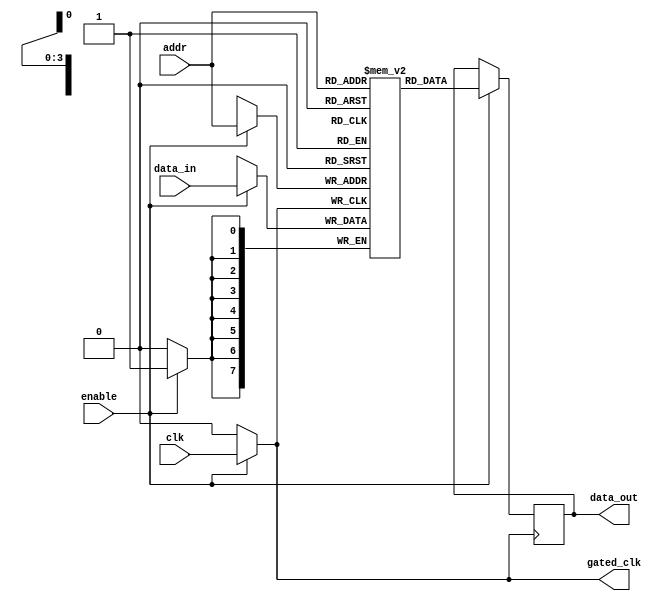
module memory_block (
    input wire clk,                // Original clock signal
    input wire enable,             // Control signal to enable memory operations
    input wire [7:0] data_in,      // Data input for memory write
    input wire [3:0] addr,         // Address input for memory access
    output reg [7:0] data_out,     // Data output for memory read
    output reg gated_clk           // Gated clock output
);

    // Memory array (for example, 16 x 8-bit memory)
    reg [7:0] mem [0:15];

    // Clock gating logic
    always @(*) begin
        if (enable) begin
            gated_clk = clk;        // Enable clock when memory is active
        end else begin
            gated_clk = 1'b0;       // Disable clock when memory is idle
        end
    end

    // Memory operations (synchronous read/write)
    always @(posedge gated_clk) begin
        if (enable) begin
            // Example: Write operation (if write enable signal is high)
            mem[addr] <= data_in;   // Write data to memory
            data_out <= mem[addr];   // Read data from memory
        end
    end

endmodule